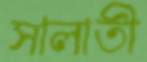
সালাতী